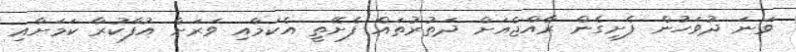
ވަނަ ދުވަހުން ފެށިގެން ރާއްޖެއަށް ދަތުރުތައް ފެށޭތީ އެކަމާއި ވަރަށް އުފާކުރާ ކަމަށާއި